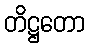
တိဋ္ဌတော